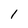
Character: 1